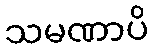
သမဏာပိ